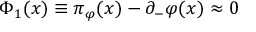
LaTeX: \Phi _ { 1 } ( x ) \equiv \pi _ { \varphi } ( x ) - \partial _ { - } \varphi ( x ) \approx 0 \quad